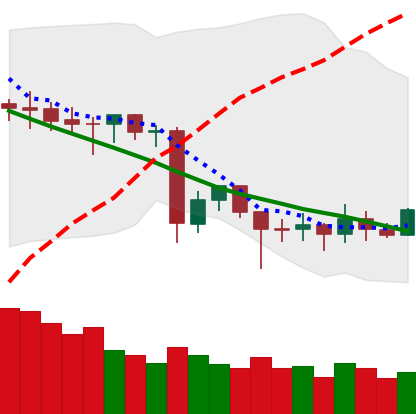
Ticker: ETC-USD
Chart end date: 2020-06-22
Forward return: -11.746%
Label: down_7plus